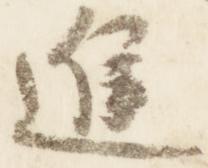
進